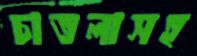
চাতলাসহ